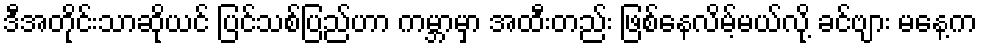
ဒီအတိုင်းသာဆိုယင် ပြင်သစ်ပြည်ဟာ ကမ္ဘာမှာ အထီးတည်း ဖြစ်နေလိမ့်မယ်လို့ ခင်ဗျား မနေ့က